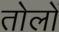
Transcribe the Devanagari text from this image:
तोलों